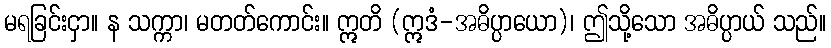
မရခြင်းငှာ။ န သက္ကာ၊ မတတ်ကောင်း။ ဣတိ (ဣဒံ-အဓိပ္ပာယော)၊ ဤသို့သော အဓိပ္ပာယ် သည်။